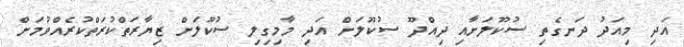
އަދި މިއަދު ދަނގެތި ސުކޫލަށާއި ދިއްދޫ ސުކޫލަށް އަދި މާމިގިލި ސުކޫލަށް ޒިޔާރަތްކުރަތްކުރެއްވުމަށް